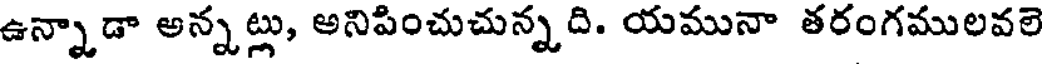
ఉన్నాడా అన్నట్లు, అనిపించుచున్నది. యమునా తరంగములవలె